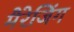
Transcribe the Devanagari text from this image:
मैरेजिंग